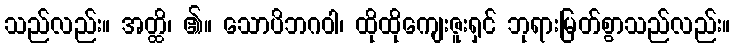
သည်လည်း။ အတ္ထိ၊ ၏။ သောပိဘဂဝါ၊ ထိုထိုကျေးဇူးရှင် ဘုရားမြတ်စွာသည်လည်း။